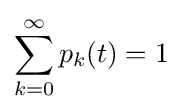
\sum _{k=0}^{\infty }p_{k}(t)=1